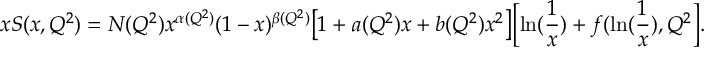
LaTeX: x S ( x , Q ^ { 2 } ) = N ( Q ^ { 2 } ) x ^ { \alpha ( Q ^ { 2 } ) } ( 1 - x ) ^ { \beta ( Q ^ { 2 } ) } \bigl [ 1 + a ( Q ^ { 2 } ) x + b ( Q ^ { 2 } ) x ^ { 2 } \bigr ] \Bigl [ \ln ( { \frac { 1 } { x } } ) + f ( \ln ( { \frac { 1 } { x } } ) , Q ^ { 2 } \Bigr ] .